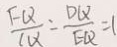
\frac { F Q } { C Q } - \frac { D Q } { E Q } = 1